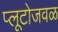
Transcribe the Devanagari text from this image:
प्लूटोजवळ